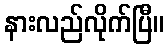
နားလည်လိုက်ပြီ။